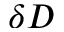
\delta D